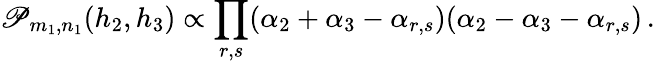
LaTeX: \mathscr{P}_{m_{1},n_{1}}(h_{2},h_{3})\propto\prod_{r,s}(\alpha_{2}+\alpha_{3}-\alpha_{r,s})(\alpha_{2}-\alpha_{3}-\alpha_{r,s})\, .